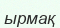
ырмақ